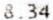
8.34